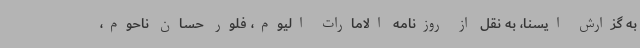
به گزارش ایسنا، به نقل از روزنامه الامارات الیوم، فلور حسان ناحوم،